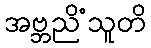
အဗ္ဘညိံသူတိ